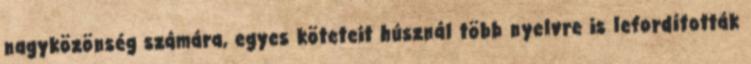
nagyközönség számára, egyes köteteit húsznál több nyelvre is lefordították